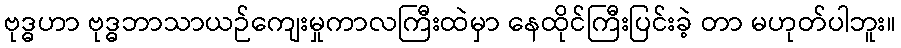
ဗုဒ္ဓဟာ ဗုဒ္ဓဘာသာယဉ်ကျေးမှုကာလကြီးထဲမှာ နေထိုင်ကြီးပြင်းခဲ့ တာ မဟုတ်ပါဘူး။